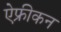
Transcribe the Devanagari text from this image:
ऐफ्रीकन